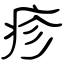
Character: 疹